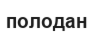
полодан